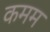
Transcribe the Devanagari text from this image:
कमम